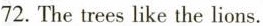
72. The trees like the lions.